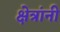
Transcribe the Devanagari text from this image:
क्षेत्रांनी